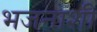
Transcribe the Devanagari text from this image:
भजनाशी